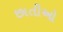
છાતીઓ